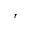
_ { r }